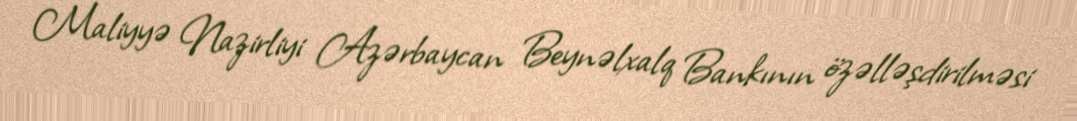
Maliyyə Nazirliyi Azərbaycan Beynəlxalq Bankının özəlləşdirilməsi